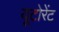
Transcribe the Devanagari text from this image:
यूटोरेंट